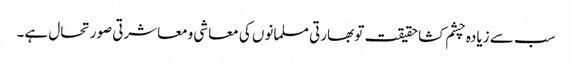
سب سے زیادہ چشم کشا حقیقت تو بھارتی مسلمانوں کی معاشی ومعاشرتی صورتحال ہے۔